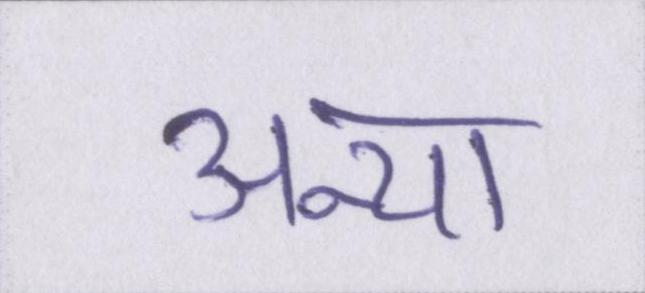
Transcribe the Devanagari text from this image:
अन्या